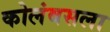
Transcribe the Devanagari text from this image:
कोलंबसला